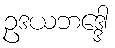
ဥဒယဘဒ္ဒေါ